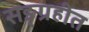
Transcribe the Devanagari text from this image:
सङ्ग्रहीत